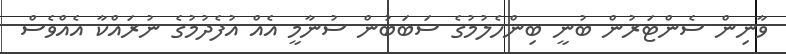
ވާނިން ސެންޓަރުން ބުނީ ބިންހެލުމުގެ ސަބަބުން ސުނާމީ އެއް އުފެދުމުގެ ނުރައްކާ އެއްވެސް